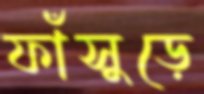
ফাঁসুড়ে